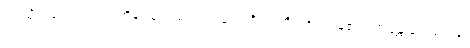
ဤသို့တစ်ပါးတည်း ကိန်းခြင်းသည်လည်း။ ဒိဿတိ၊ ထင်ပြန်၏။ ဘန္တေ နာဂသေန၊